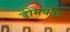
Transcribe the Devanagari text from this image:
डोमकछ